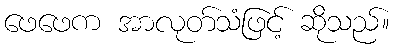
ဖေဖေက အာလုတ်သံဖြင့် ဆိုသည်။